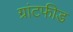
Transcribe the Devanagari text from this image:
ग्रांटफीड